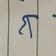
Signature authenticity: genuine